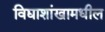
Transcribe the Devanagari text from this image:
विद्याशांखामधील